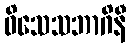
ဝိသေသဘာဂိနီ